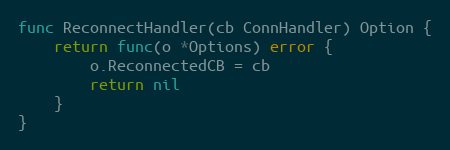
Language: Go
func ReconnectHandler(cb ConnHandler) Option {
	return func(o *Options) error {
		o.ReconnectedCB = cb
		return nil
	}
}